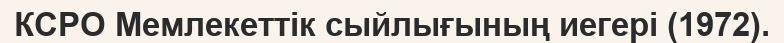
КСРО Мемлекеттік сыйлығының иегері (1972).